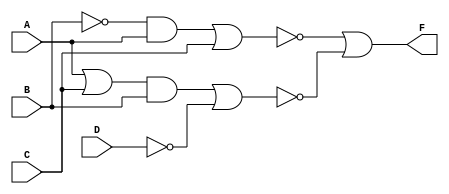
module Lab1_dataflow(F, A, B, C, D);
    output F;
    input A, B, C, D;

    assign f1=(~(((~B) & A) | C));
    assign f2=(~(((A | C) & B) | (~D)));
    assign F=(f1 | f2);
    //assign F=((!((A && (!B)) || C)) || (!((A || C) && B) ||(!D)));
endmodule